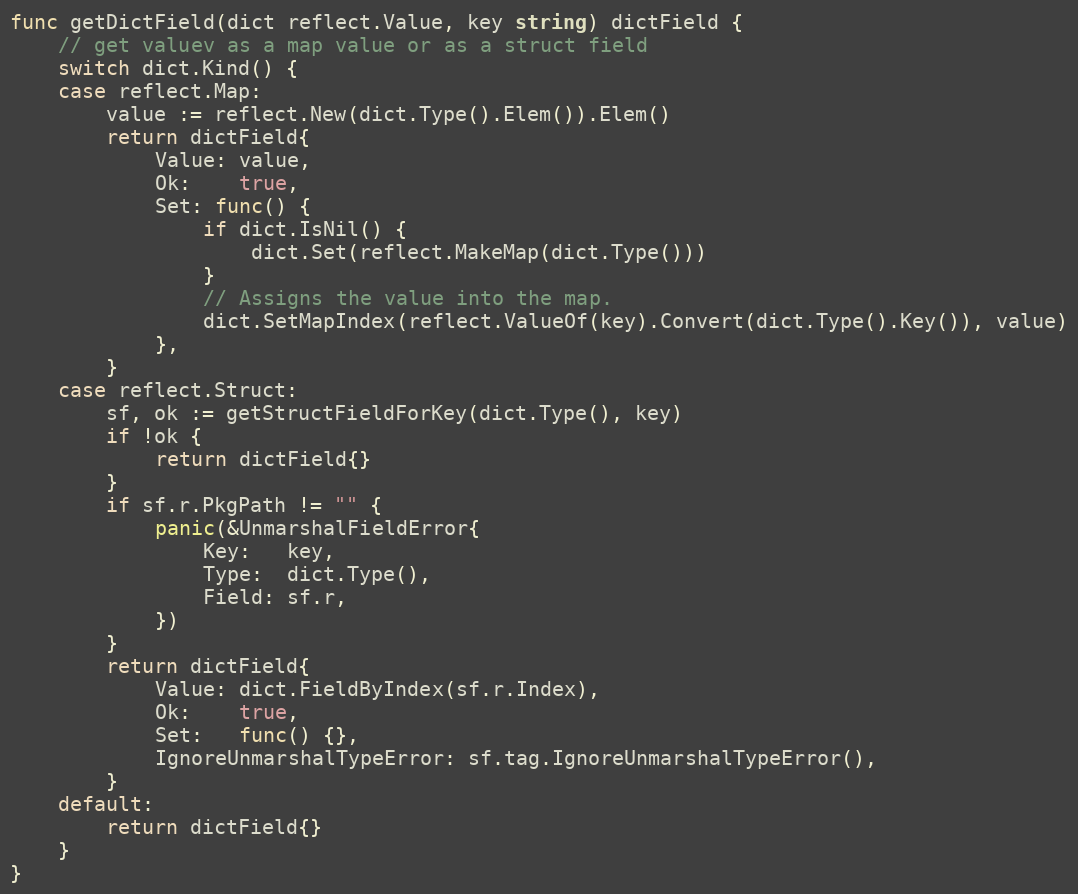
Language: Go
func getDictField(dict reflect.Value, key string) dictField {
	// get valuev as a map value or as a struct field
	switch dict.Kind() {
	case reflect.Map:
		value := reflect.New(dict.Type().Elem()).Elem()
		return dictField{
			Value: value,
			Ok:    true,
			Set: func() {
				if dict.IsNil() {
					dict.Set(reflect.MakeMap(dict.Type()))
				}
				// Assigns the value into the map.
				dict.SetMapIndex(reflect.ValueOf(key).Convert(dict.Type().Key()), value)
			},
		}
	case reflect.Struct:
		sf, ok := getStructFieldForKey(dict.Type(), key)
		if !ok {
			return dictField{}
		}
		if sf.r.PkgPath != "" {
			panic(&UnmarshalFieldError{
				Key:   key,
				Type:  dict.Type(),
				Field: sf.r,
			})
		}
		return dictField{
			Value: dict.FieldByIndex(sf.r.Index),
			Ok:    true,
			Set:   func() {},
			IgnoreUnmarshalTypeError: sf.tag.IgnoreUnmarshalTypeError(),
		}
	default:
		return dictField{}
	}
}